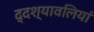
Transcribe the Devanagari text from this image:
द्दश्यावलियां